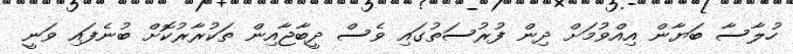
ހުލާސާ ބަޔާން އިއްވުމަށް ދިން ފުރުސަތުގައި ވެސް ދީބާޖާއިން ތަކުރާރުކޮށް ބުނެފައި ވަނީ